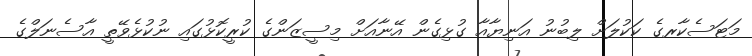
މަޓަސެކާރގެ ކަކުލަށް ލިބުނު އަނިޔާއާ ގުޅިގެން އޭނާއަށް މިސީޒަންގެ ކުރީކޮޅުގައި ނުކުޅެވޭތީ އާސެނަލްގެ